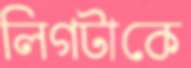
লিগটাকে